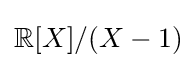
\mathbb {R} [X]/(X-1)